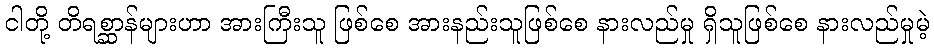
ငါတို့ တိရစ္ဆာန်များဟာ အားကြီးသူ ဖြစ်စေ အားနည်းသူဖြစ်စေ နားလည်မှု ရှိသူဖြစ်စေ နားလည်မှုမဲ့